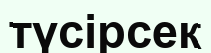
түсірсек